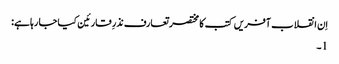
اِن انقلاب آفریں کتب کا مختصر تعارف نذرِ قارئین کیا جا رہا ہے:
1۔